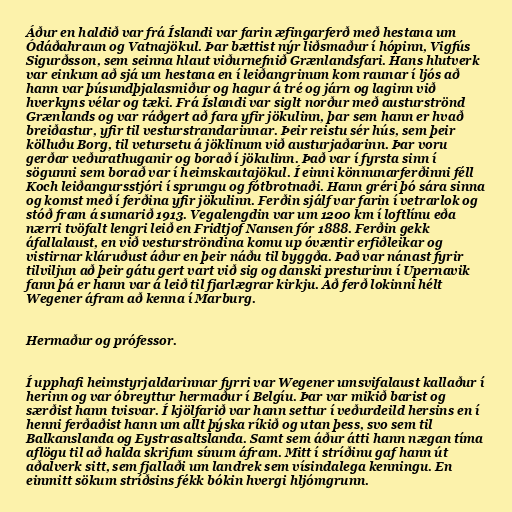
Áður en haldið var frá Íslandi var farin æfingarferð með hestana um
Ódáðahraun og Vatnajökul. Þar bættist nýr liðsmaður í hópinn, Vigfús
Sigurðsson, sem seinna hlaut viðurnefnið Grænlandsfari. Hans hlutverk
var einkum að sjá um hestana en í leiðangrinum kom raunar í ljós að
hann var þúsundþjalasmiður og hagur á tré og járn og laginn við
hverkyns vélar og tæki. Frá Íslandi var siglt norður með austurströnd
Grænlands og var ráðgert að fara yfir jökulinn, þar sem hann er hvað
breiðastur, yfir til vesturstrandarinnar. Þeir reistu sér hús, sem þeir
kölluðu Borg, til vetursetu á jöklinum við austurjaðarinn. Þar voru
gerðar veðurathuganir og borað í jökulinn. Það var í fyrsta sinn í
sögunni sem borað var í heimskautajökul. Í einni könnunarferðinni féll
Koch leiðangursstjóri í sprungu og fótbrotnaði. Hann gréri þó sára sinna
og komst með í ferðina yfir jökulinn. Ferðin sjálf var farin í vetrarlok og
stóð fram á sumarið 1913. Vegalengdin var um 1200 km í loftlínu eða
nærri tvöfalt lengri leið en Fridtjof Nansen fór 1888. Ferðin gekk
áfallalaust, en við vesturströndina komu up óvæntir erfiðleikar og
vistirnar kláruðust áður en þeir náðu til byggða. Það var nánast fyrir
tilviljun að þeir gátu gert vart við sig og danski presturinn í Upernavik
fann þá er hann var á leið til fjarlægrar kirkju. Að ferð lokinni hélt
Wegener áfram að kenna í Marburg.

Hermaður og prófessor.

Í upphafi heimstyrjaldarinnar fyrri var Wegener umsvifalaust kallaður í
herinn og var óbreyttur hermaður í Belgíu. Þar var mikið barist og
særðist hann tvisvar. Í kjölfarið var hann settur í veðurdeild hersins en í
henni ferðaðist hann um allt þýska ríkið og utan þess, svo sem til
Balkanslanda og Eystrasaltslanda. Samt sem áður átti hann nægan tíma
aflögu til að halda skrifum sínum áfram. Mitt í stríðinu gaf hann út
aðalverk sitt, sem fjallaði um landrek sem vísindalega kenningu. En
einmitt sökum stríðsins fékk bókin hvergi hljómgrunn.